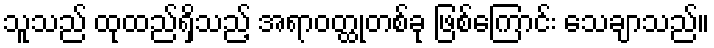
သူသည် ထုထည်ရှိသည့် အရာဝတ္ထုတစ်ခု ဖြစ်ကြောင်း သေချာသည်။